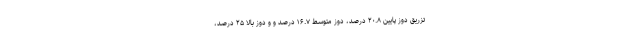
تزریق دوز پایین ۲۰.۸ درصد، دوز متوسط ۱۶.۷ درصد و و دوز بالا ۲۵ درصد،